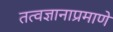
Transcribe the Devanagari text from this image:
तत्वज्ञानाप्रमाणे